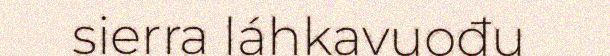
sierra láhkavuođu